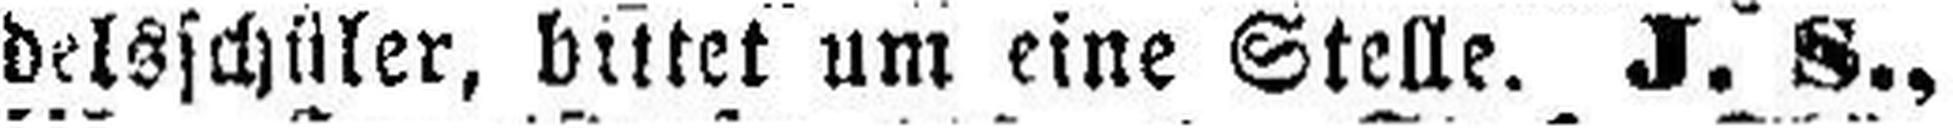
delsschüler, bittet um eine Stelle. J. S.,